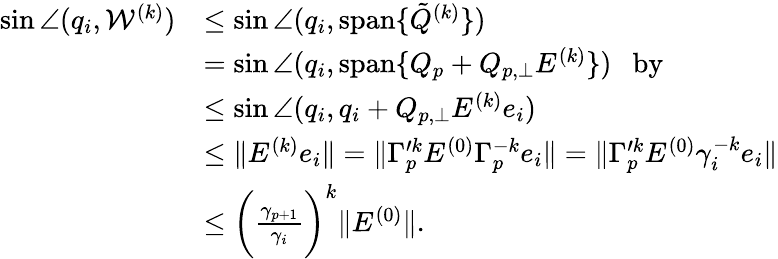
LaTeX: \begin{array}{rl}{\sin\angle(q_{i},\mathcal{W}^{(k)})}&{\leq\sin\angle(q_{i},{\mathrm{span}}\{ \tilde{Q}^{(k)}\} )}\\ &{=\sin\angle(q_{i},{\mathrm{span}}\{ Q_{p}+Q_{p,\perp}E^{(k)}\} )\mathrm{\ \ \ by~\ }}\\ &{\leq\sin\angle(q_{i},q_{i}+Q_{p,\perp}E^{(k)}e_{i})}\\ &{\leq\| E^{(k)}e_{i}\| =\| \Gamma_{p}^{\prime k}E^{(0)}\Gamma_{p}^{-k}e_{i}\| =\| \Gamma_{p}^{\prime k}E^{(0)}\gamma_{i}^{-k}e_{i}\| }\\ &{\leq\biggl(\frac{\gamma_{p+1}}{\gamma_{i}}\biggr)^{k}\| E^{(0)}\| .}\end{array}